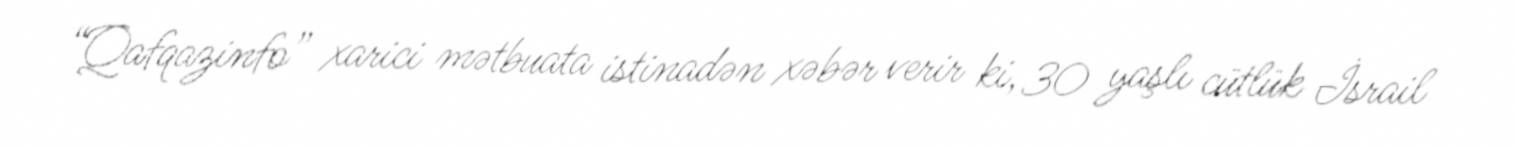
“Qafqazinfo” xarici mətbuata istinadən xəbər verir ki, 30 yaşlı cütlük İsrail